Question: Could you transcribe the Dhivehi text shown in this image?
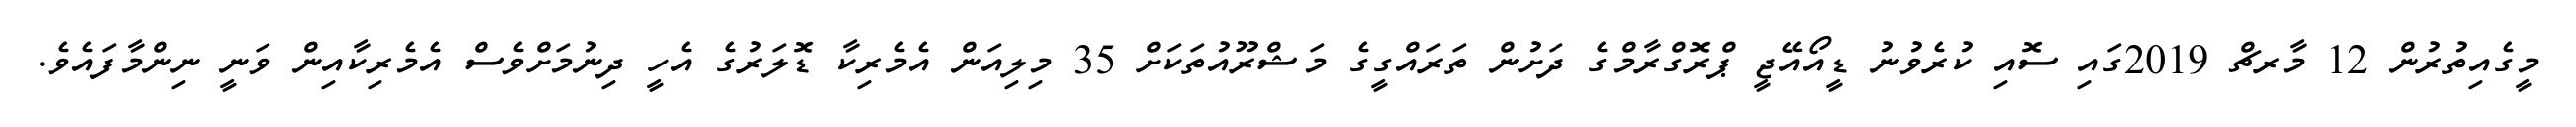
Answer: މީގެއިތުރުން 12 މާރޗް 2019ގައި ސޮއި ކުރެވުނު ޑީއޯއޭޖީ ޕްރޮގްރާމްގެ ދަށުން ތަރައްގީގެ މަޝްރޫއުތަކަށް 35 މިލިއަން އެމެރިކާ ޑޮލަރުގެ އެހީ ދިނުމަށްވެސް އެމެރިކާއިން ވަނީ ނިންމާފައެވެ.